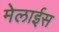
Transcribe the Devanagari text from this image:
मेलाईस